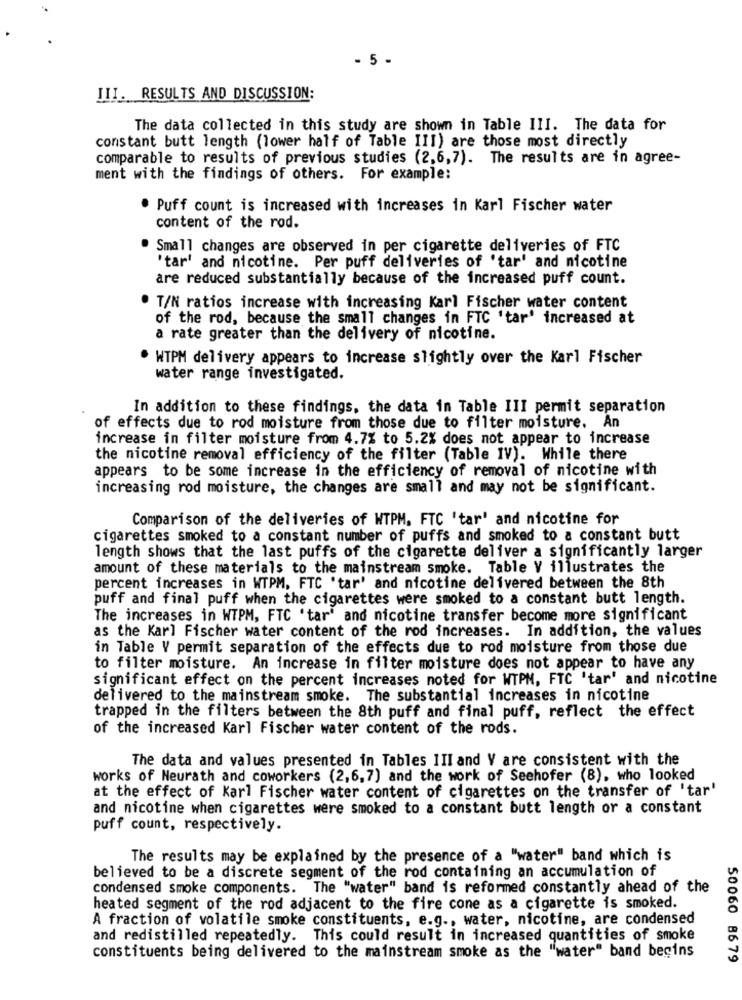
- 5 -
III. RESULTS AND DISCUSSION:
The data collected in this study are shown in Table III. The data for
constant butt length (lower half of Table III) are those most directly
comparable to results of previous studies (2,6,7). The results are in agree-
ment with the findings of others. For example:
. Puff count is increased with increases in Karl Fischer water
content of the rod.
Small changes are observed in per cigarette deliveries of FTC
'tar' and nicotine. Per puff deliveries of 'tar' and nicotine
are reduced substantially because of the increased puff count.
T/N ratios increase with increasing Karl Fischer water content
of the rod, because the small changes in FTC 'tar' increased at
a rate greater than the delivery of nicotine.
WTPM delivery appears to increase slightly over the Karl Fischer
water range investigated.
In addition to these findings, the data in Table III permit separation
of effects due to rod moisture from those due to filter moisture. An
increase in filter moisture from 4.7% to 5.2% does not appear to increase
the nicotine removal efficiency of the filter (Table IV). While there
appears to be some increase in the efficiency of removal of nicotine with
increasing rod moisture, the changes are small and may not be significant.
Comparison of the deliveries of WTPM. FTC 'tar' and nicotine for
cigarettes smoked to a constant number of puffs and smoked to a constant butt
length shows that the last puffs of the cigarette deliver a significantly larger
amount of these materials to the mainstream smoke. Table V illustrates the
percent increases in WTPM, FTC 'tar' and nicotine delivered between the 8th
puff and final puff when the cigarettes were smoked to a constant butt length.
The increases in WTPM, FTC 'tar" and nicotine transfer become more significant
as the Karl Fischer water content of the rod increases. In addition, the values
in Table V permit separation of the effects due to rod moisture from those due
to filter moisture. An increase in filter moisture does not appear to have any
significant effect on the percent increases noted for WTPM, FTC 'tar' and nicotine
delivered to the mainstream smoke. The substantial increases in nicotine
trapped in the filters between the 8th puff and final puff, reflect the effect
of the increased Karl Fischer water content of the rods.
The data and values presented in Tables III and V are consistent with the
works of Neurath and coworkers (2,6,7) and the work of Seehofer (8), who looked
at the effect of Karl Fischer water content of cigarettes on the transfer of 'tar'
and nicotine when cigarettes were smoked to a constant butt length or a constant
puff count, respectively.
The results may be explained by the presence of a "water" band which is
believed to be a discrete segment of the rod containing an accumulation of
condensed smoke components. The "water" band is reformed constantly ahead of the
heated segment of the rod adjacent to the fire cone as a cigarette is smoked.
A fraction of volatile smoke constituents, e.g ., water, nicotine, are condensed
and redistilled repeatedly. This could result in increased quantities of smoke
constituents being delivered to the mainstream smoke as the "water" band begins
50060 86 79